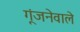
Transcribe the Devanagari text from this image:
गूंजनेवाले